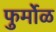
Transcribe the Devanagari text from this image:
फुर्मोळ